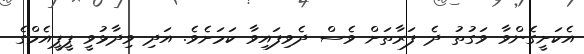
އެކަށީގެންވާ ވަގުތު ދެ ފަރާތަށް ވެސް ދެވިފައިވާ ކަމަށެވެ. އަދި ވިދާޅުވީ ޕީޕީއެމްގެ